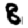
Digit: 8